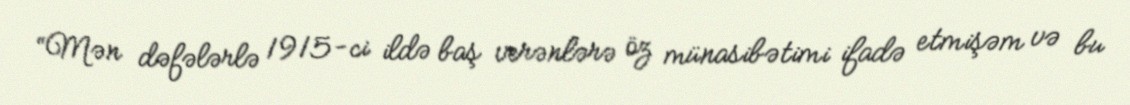
“Mən dəfələrlə 1915-ci ildə baş verənlərə öz münasibətimi ifadə etmişəm və bu